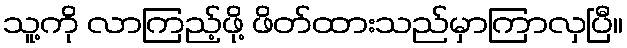
သူ့ကို လာကြည့်ဖို့ ဖိတ်ထားသည်မှာကြာလှပြီ။